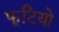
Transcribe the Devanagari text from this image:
फूटियो